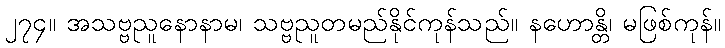
၂၇၄။ အသဗ္ဗညူနောနာမ၊ သဗ္ဗညူတမည်နိုင်ကုန်သည်။ နဟောန္တိ၊ မဖြစ်ကုန်။